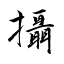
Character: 攝